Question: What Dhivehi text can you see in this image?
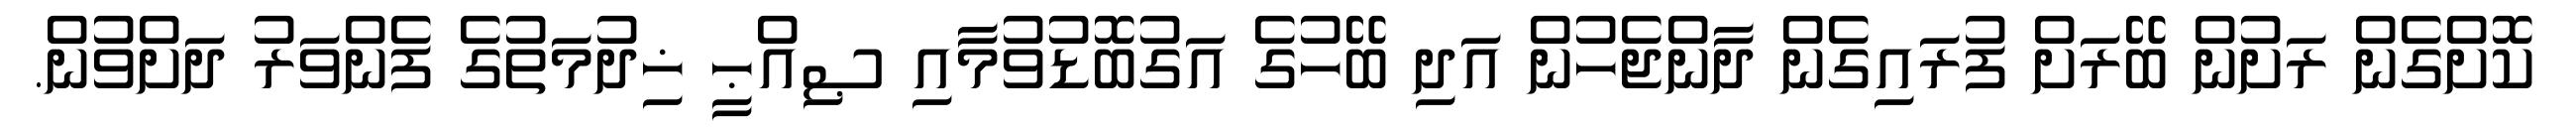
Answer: ކޮށްގެން ރަށުން ބޭރަށް ފުރައިގެން ދާންޖެހުން އަދި ބޭހުގެ އަގުބޮޑުވުމާއި ޞިއްޙީ ޚިދުމަތުގެ ފެންވަރު ދަށްވުން.